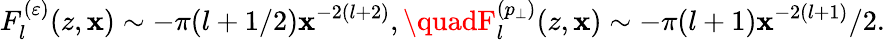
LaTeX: F_{l}^{(\varepsilon)}(z,\mathbf{x})\sim-\pi(l+1/2)\mathbf{x}^{-2(l+2)},\quadF_{l}^{(p_{\perp})}(z,\mathbf{x})\sim-\pi(l+1)\mathbf{x}^{-2(l+1)}/2.